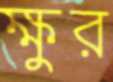
ক্ষুর